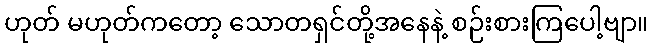
ဟုတ် မဟုတ်ကတော့ သောတရှင်တို့အနေနဲ့ စဉ်းစားကြပေါ့ဗျာ။